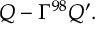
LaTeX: { \cal Q } - \Gamma ^ { 9 8 } { \cal Q } ^ { \prime } .